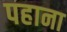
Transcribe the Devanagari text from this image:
पहाना